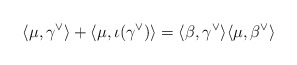
\begin{align*}\langle \mu, \gamma^\vee \rangle + \langle \mu, \iota(\gamma^\vee) \rangle = \langle \beta, \gamma^\vee \rangle \langle \mu, \beta^\vee \rangle\end{align*}